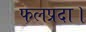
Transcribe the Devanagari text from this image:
फलप्रदा।